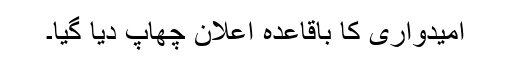
امیدواری کا باقاعدہ اعلان چھاپ دیا گیا۔